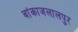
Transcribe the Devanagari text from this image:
बांकाजलालपुर